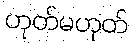
ဟုတ်မဟုတ်